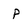
Character: P